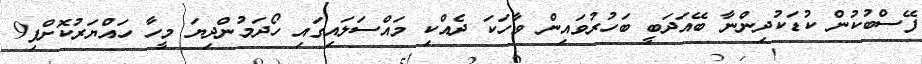
ފޭސްބުކުން ކުޑަކުދިންނާ ބޭއަދަބީ ބަހުރުވައިން ވާހަކަ ދެއްކި މައްސަލައިގައި ހޯދަމުންދިޔަ މީހާ ހައްޔަރުކޮށްފި9